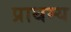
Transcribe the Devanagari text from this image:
प्राथम्य